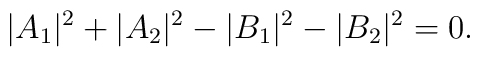
\quad  |A_1|^2 + |A_2|^2 - |B_1|^2 -|B_2|^2 = 0.